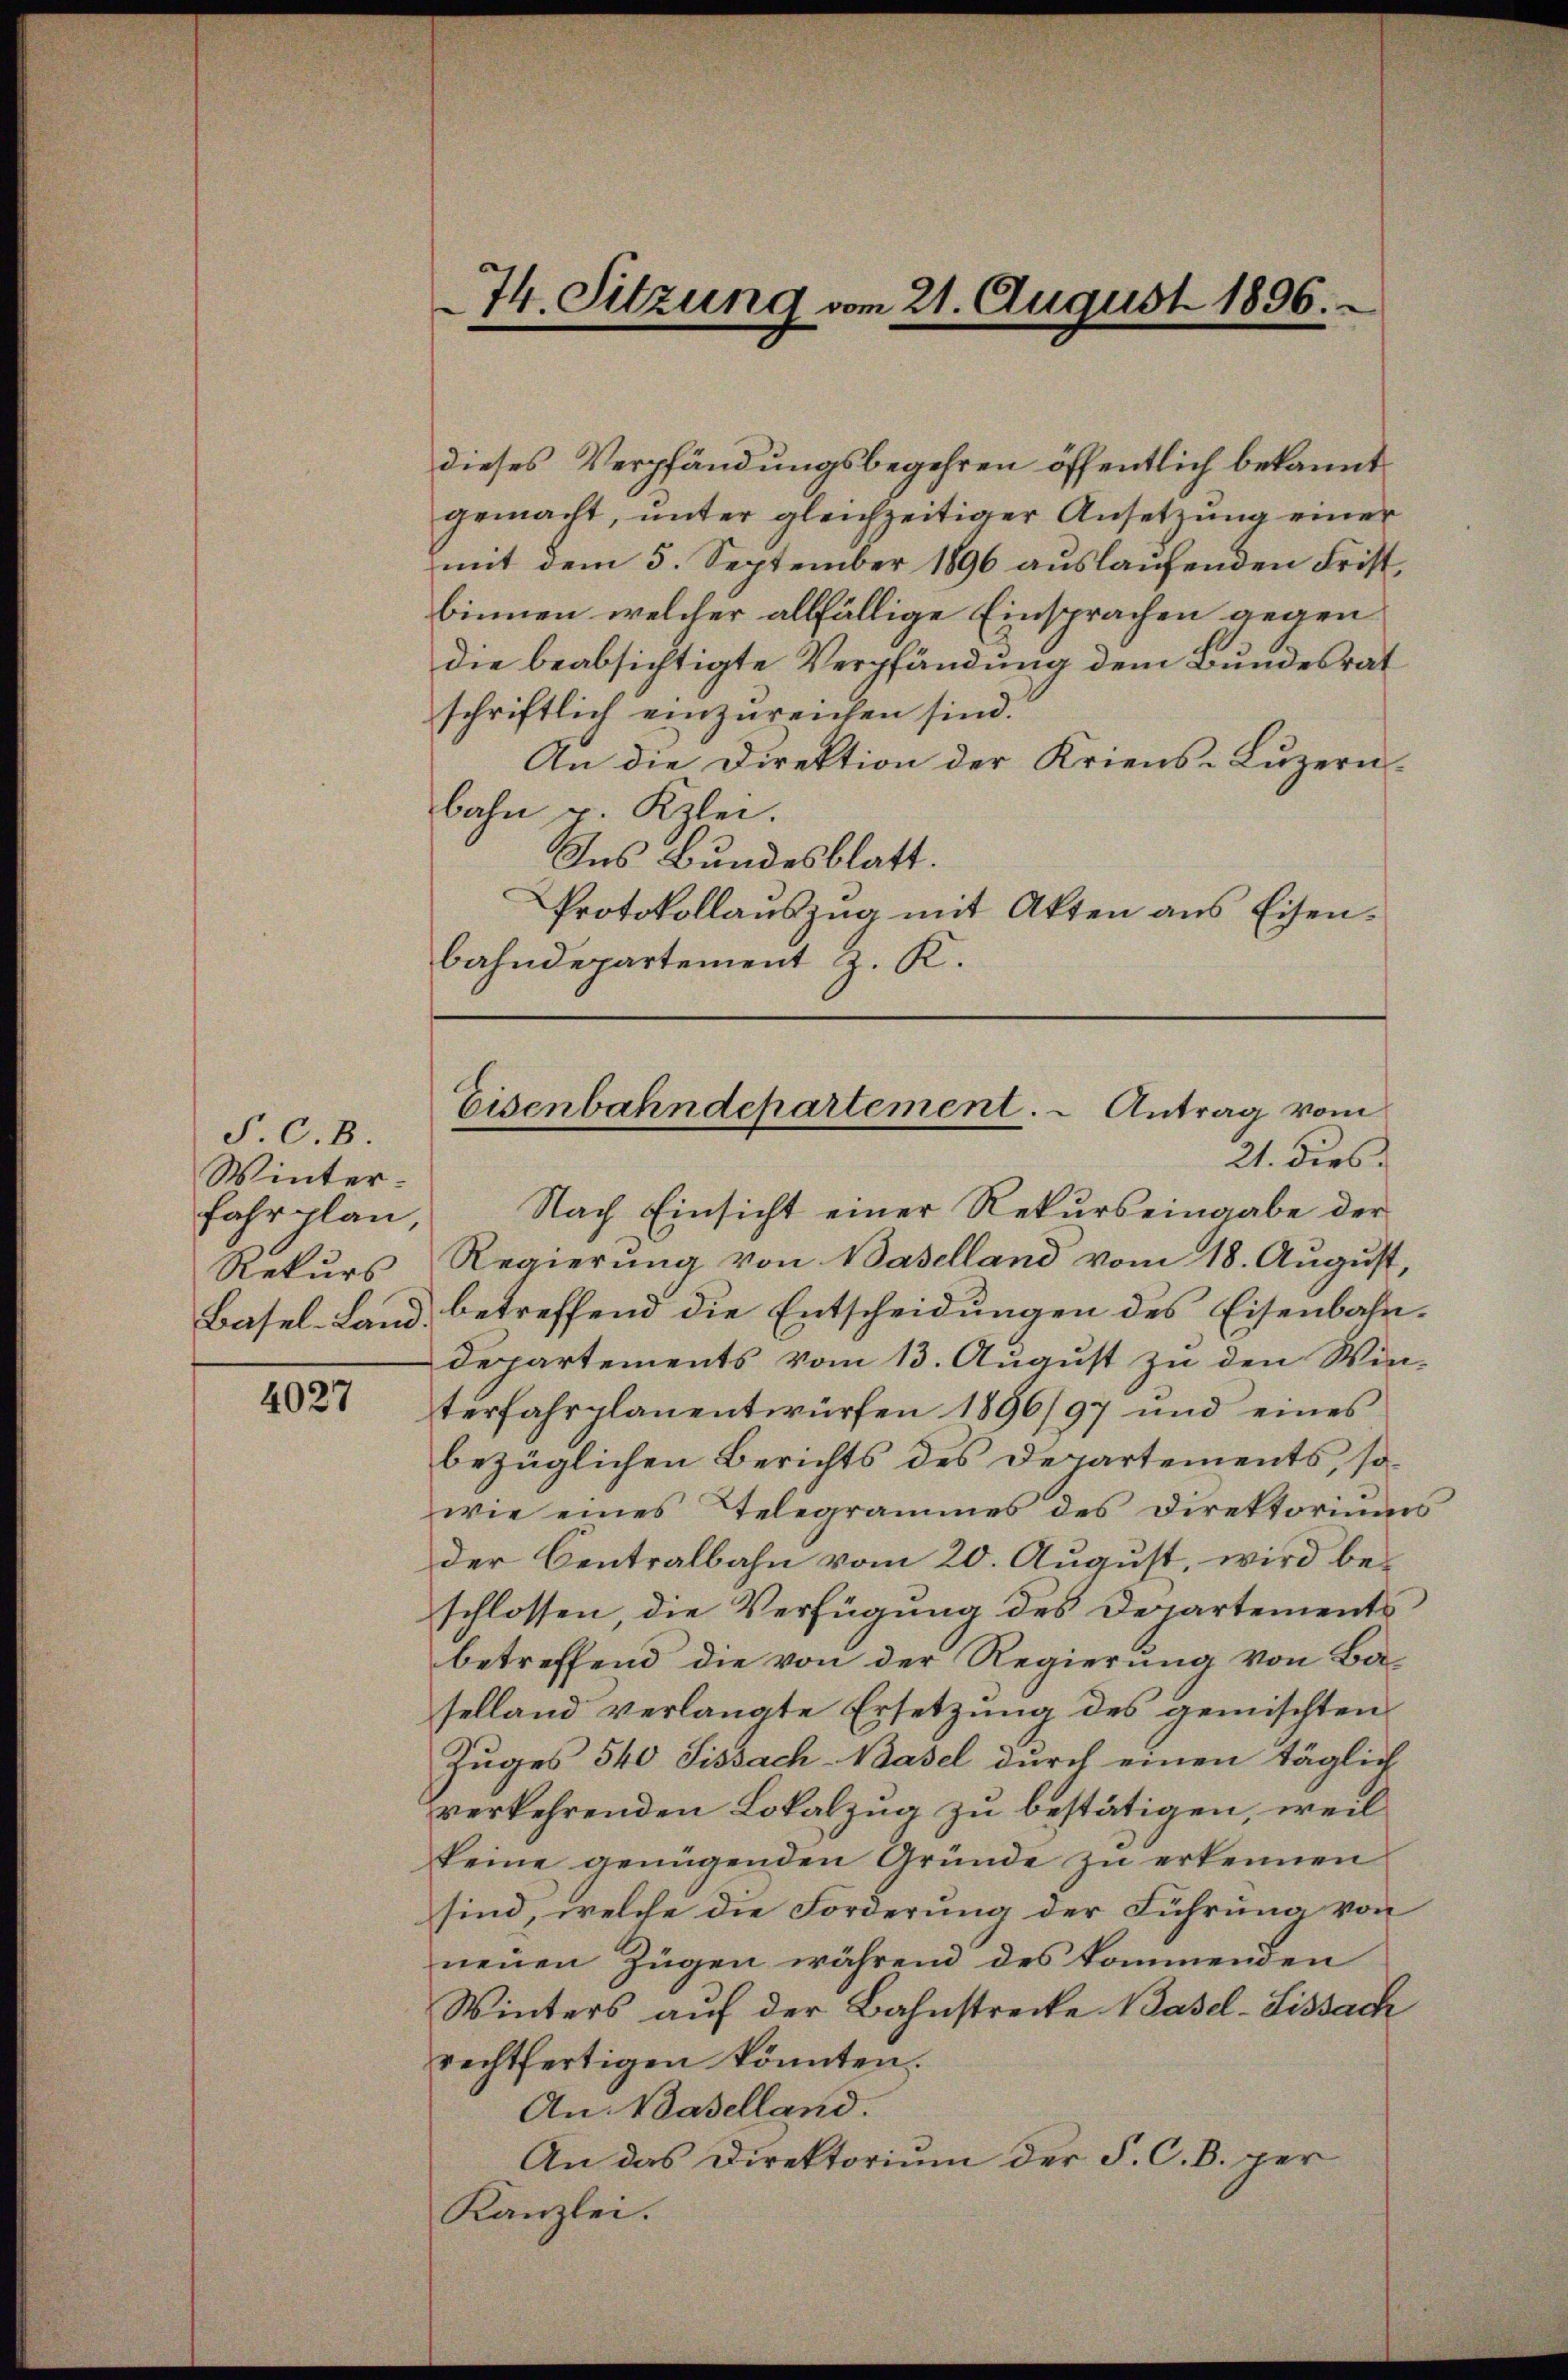
P. C. B.
Winter¬
Fahrplan
Rekurs

4027

dieses Verpfändungsbegehren öffentlich bekannt.
gemacht, unter gleichzeitiger Ansetzŭng einer
mit dem 5. September 1896 auslaufenden Frist,
binnen welcher allfällige Einsprachen gegen
die beabsichtigte Verpfändung dem Bundesrat
schriftlich einzureichen sind.
An die Direktion der Kriens-Luzern.
bahn u. Kzlei.
Ins Bundesblatt.
Protokollauszug mit Akten ans Eisenbahndepartement z. K.

74. Sitzung vom 21. August 1896.

Eisenbahndepartement. - Antrag vom
21. dies

Nach Einsicht einer Rekurs eingabe der
Regierung von Baselland vom 18. August,
Basel-Land, betreffend die Entscheidungen des Eisenbahndepartements vom 13. August zu den Winterfahrplanentwürfen 1896/97 und eines
bezüglichen Berichts des Departements, sowie eines Telegrammes des Direktoriums
der Centralbahn vom 20. August, wird beschlossen die Verfügung des Departementsbetreffend die von der Regierung von Ba-
selland verlangte Ersetzung des gemischten
Zuges 540 Sissach-Basel durch einen täglich
verkehrenden Lokalzug zu bestätigen, weil
keine genügenden Gründe zŭ erkennen
sind, welche die Forderung der Führung von
neuen Zügen während des kommenden
Winters auf der Bahnstrecke Basel-Lissach
rechtfertigen könnten.
An Baselland.
An das Direktorium der F. C. B. per
Kanzlei.